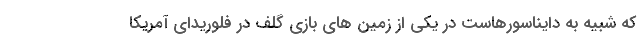
که شبیه به دایناسورهاست در یکی از زمین های بازی گلف در فلوریدای آمریکا